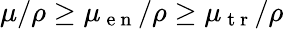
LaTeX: \mu/\rho\geq\mu_{\mathrm{~e~n~}}/\rho\geq\mu_{\mathrm{~t~r~}}/\rho